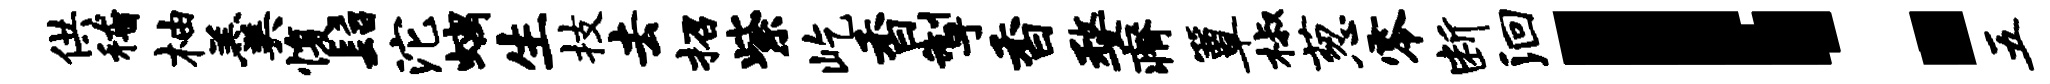
供稽柚羹愎髫沱螭生技去招紫屹香掣香婺瘠簟椒葱零断洄！五